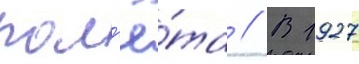
пол'ё́та // В 1927